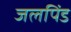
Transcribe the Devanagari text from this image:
जलपिंड